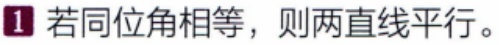
1. 若同位角相等，则两直线平行。